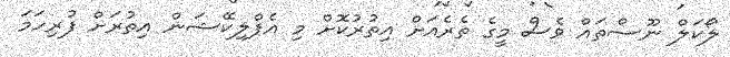
ލޯކަލް ނޫސްތައް ވެސް މީގެ ތެރެއަށް އިތުރުކޮށް މި އެޕްލިކޭޝަން އިތުރަށް ފުރިހަމަ